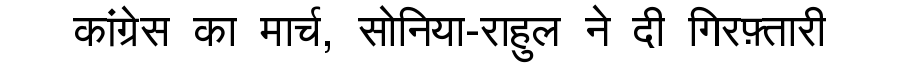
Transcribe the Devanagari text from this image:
कांग्रेस का मार्च, सोनिया-राहुल ने दी गिरफ़्तारी